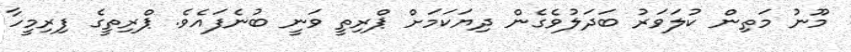
މޫނު މަތިން ކުލަވަރު ބަދަލުވެގެން ދިޔަކަމަށް ޕްރިތީ ވަނީ ބުނެފައެވެ. ޕްރިތީގެ ފިރިމީހާ